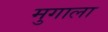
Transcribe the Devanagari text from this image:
मुगाला